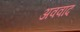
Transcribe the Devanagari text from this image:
अववाद